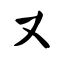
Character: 又